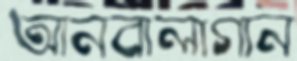
আনবালাগান